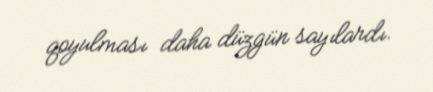
qoyulması daha düzgün sayılardı.